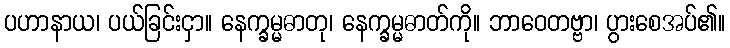
ပဟာနာယ၊ ပယ်ခြင်းငှာ။ နေက္ခမ္မဓာတု၊ နေက္ခမ္မဓာတ်ကို။ ဘာဝေတဗ္ဗာ၊ ပွားစေအပ်၏။